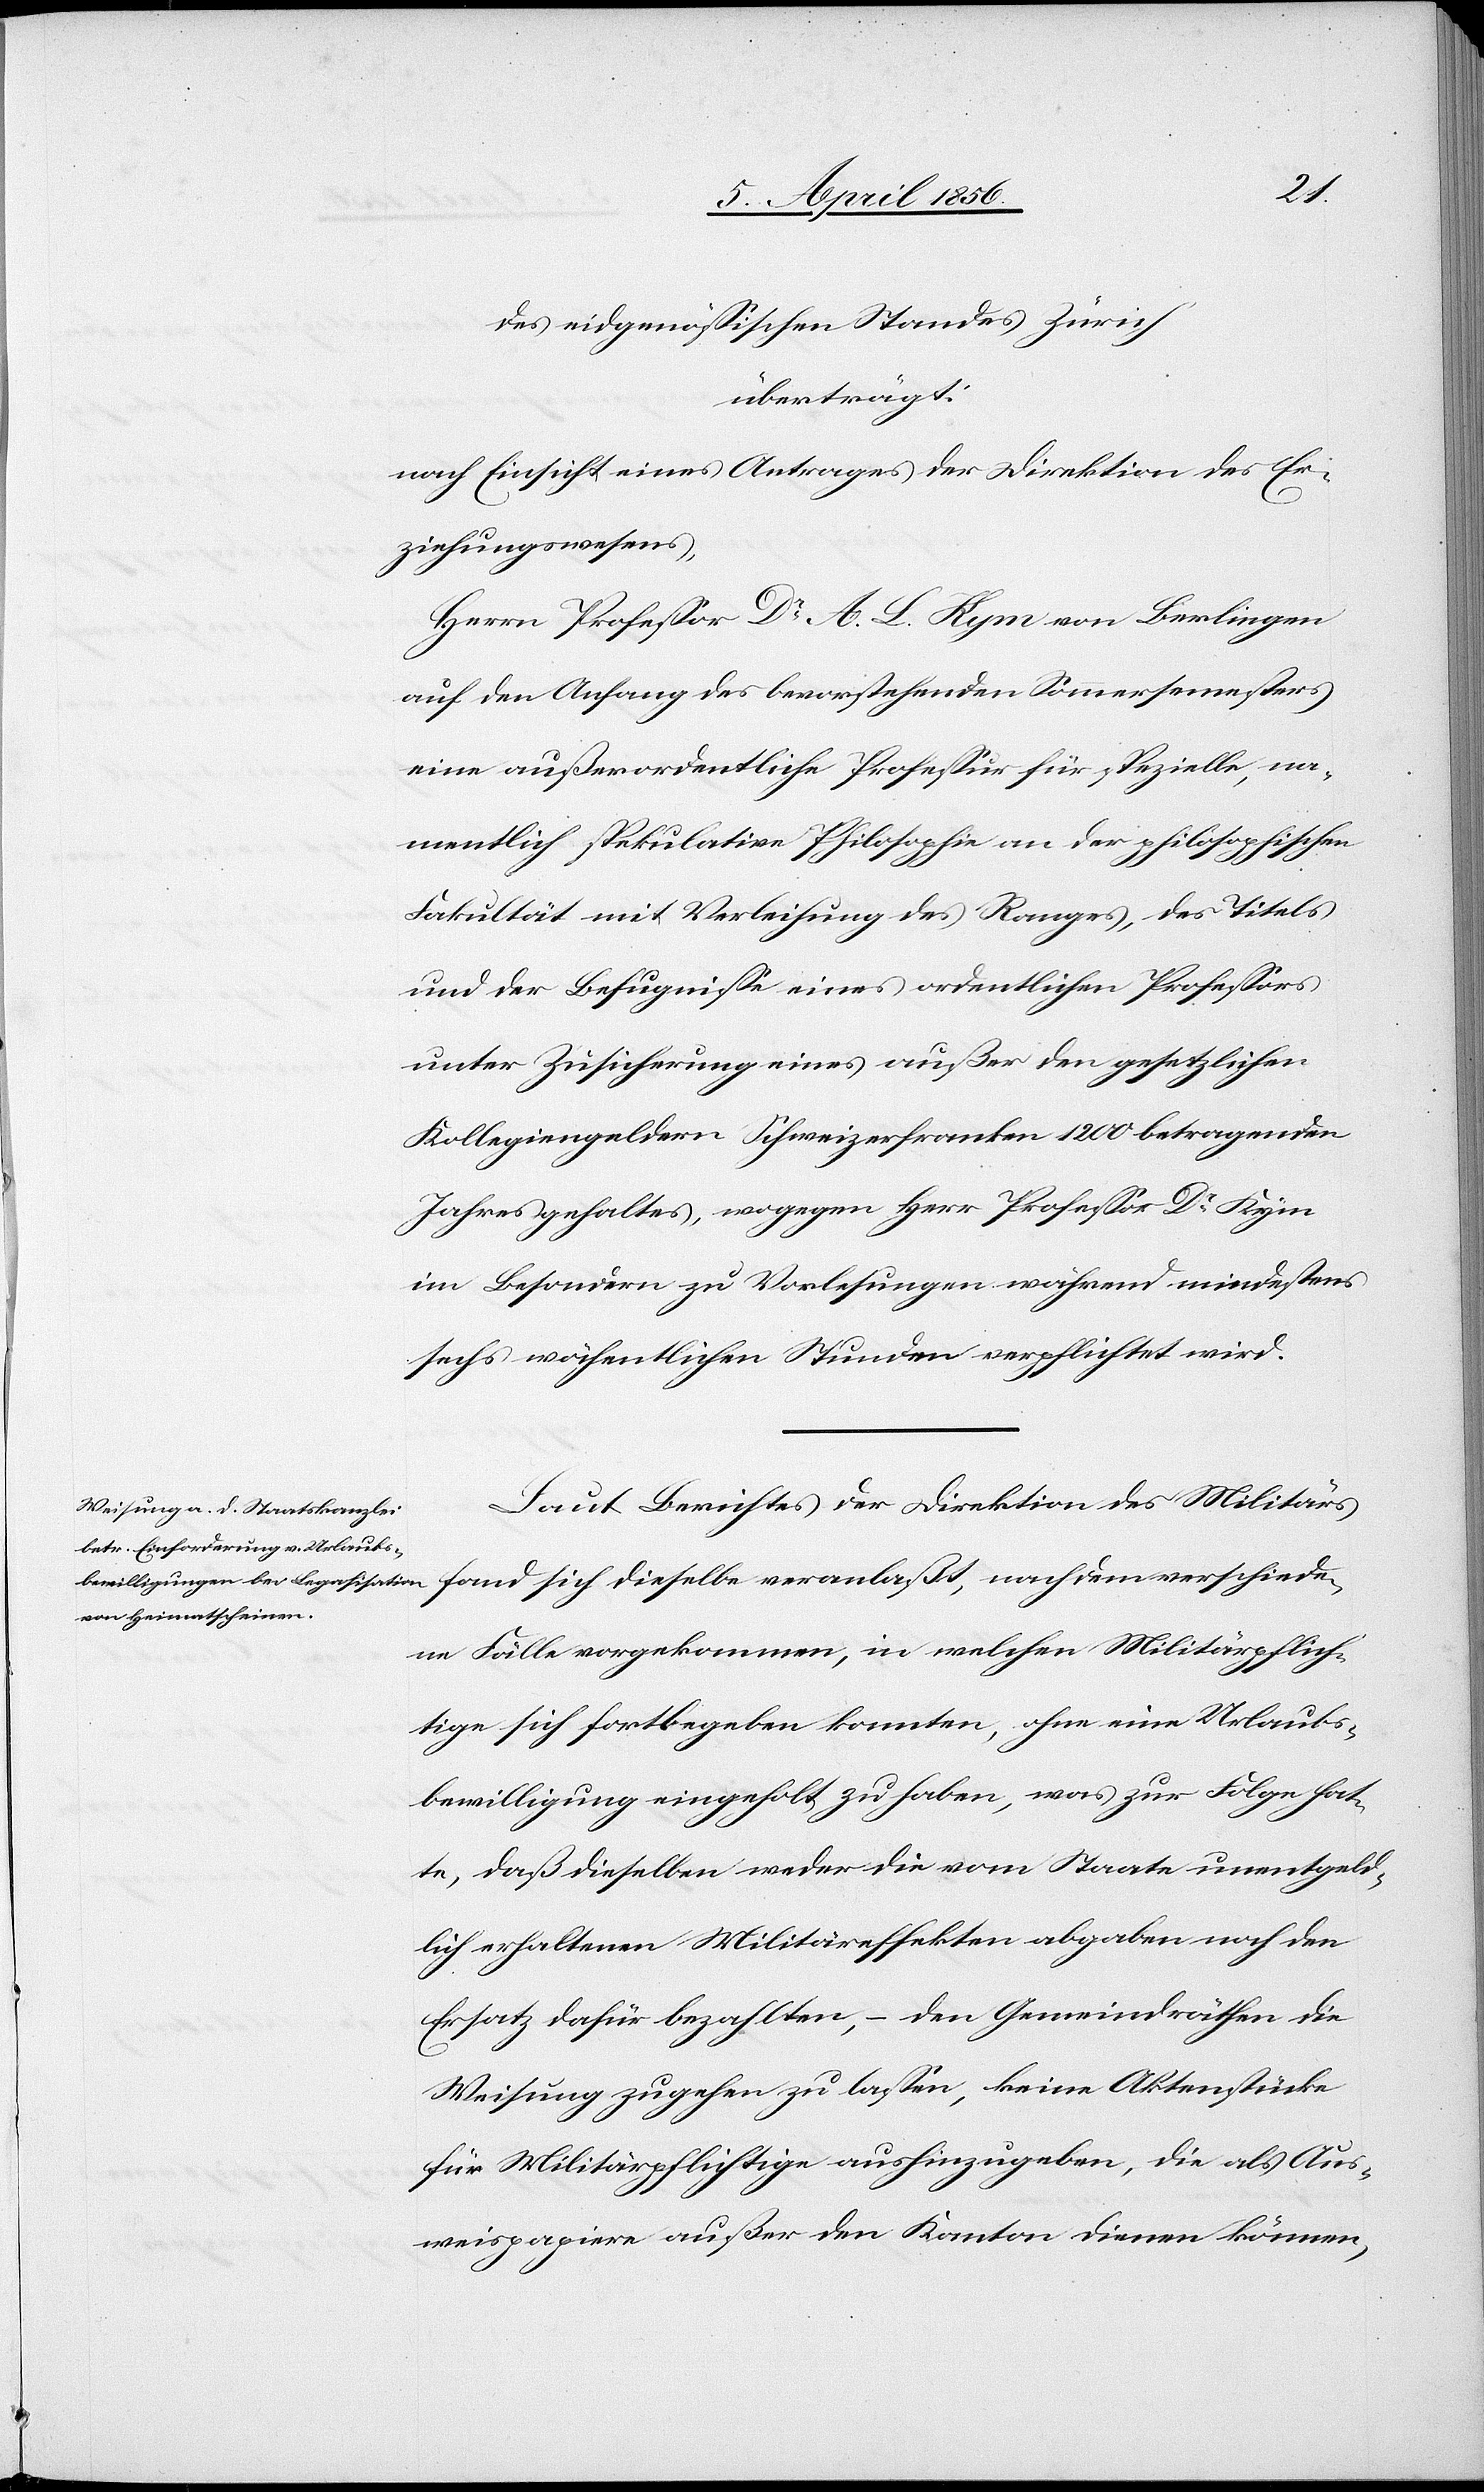
chiede¬
des eidgenössischen Standes Zürich
überträgt:
nach Einsicht eines Antrages der Direktion des Er¬
ziehungswesens,
Herrn Professor Dr A. L. Kym von Berlingen
auf den Anfang des bevorstehenden Sommersemesters
eine außerordentliche Professur für spezielle, na¬
mentlich spekulative Philosophie an der philosophischen
Fakultät mit Verleihung des Ranges, des Titels
und der Befugnisse eines ordentlichen Professors
unter Zusicherung eines außer den gesetzlichen
Kollegiengeldern Schweizerfranken 1200 betragenden
Jahresgehaltes, wogegen Herr Professor Dr Kym
im Besondern zu Vorlesungen während mindestens
sechs wöchentlichen Stunden verpflichtet wird.
Laut Berichtes der Direktion des Militärs
ne Fälle vorgekommen, in welchen Militärpflich¬
tige sich fortbegeben konnten, ohne eine Urlaubs¬
bewilligung eingeholt zu haben, was zur Folge hat¬
te, daß dieselben weder die vom Staate unentgeld¬
lich erhaltenen Militäreffekten abgaben noch den
Ersatz dafür bezahlten, – den Gemeindräthen die
Weisung zugehen zu lassen, keine Aktenstücke
für Militärpflichtige aushinzugeben, die als Aus¬
weispapiere außer den Kanton dienen können,